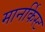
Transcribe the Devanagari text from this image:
मानर्किस्ट